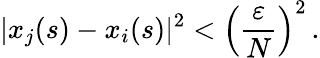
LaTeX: |x_{j}(s)-x_{i}(s)|^{2}<\Big(\frac{\varepsilon}{N}\Big)^{2}\, .